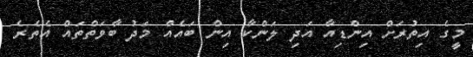
މީގެ އިތުރަށް އިންޑިއާ އަދި ލަންކާ އިން ބައެއް މަދު ބާވަތްތައް އެތެރެ